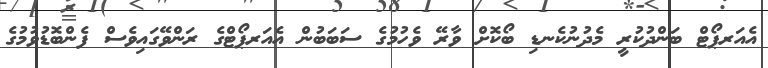
އެއަރޕޯޓް ބަންދުކުރީ މެދުނުކެނޑި ބޯކޮށް ވާރޭ ވެހުމުގެ ސަބަބުން އެއަރޕޯޓްގެ ރަންވޭގައިވެސް ފެންބޮޑުވުމުގެ